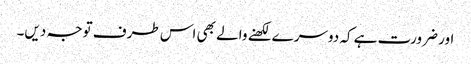
اور ضرورت ہے کہ دوسرے لکھنے والے بھی اس طرف توجہ دیں۔